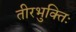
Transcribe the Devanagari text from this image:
तीरभुक्‍तिः